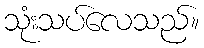
သုံးသပ်လေသည်။